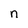
Character: n